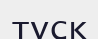
түск